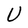
Character: U